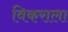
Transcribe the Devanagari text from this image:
विकराला